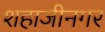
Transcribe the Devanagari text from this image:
शहाजीनगर